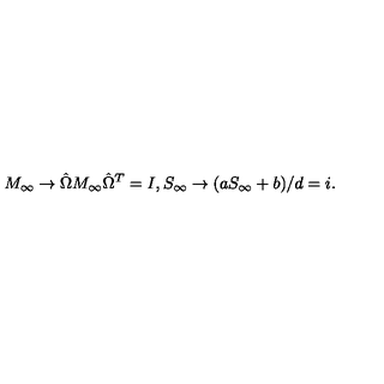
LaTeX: M _ { \infty } \to \hat { \Omega } M _ { \infty } \hat { \Omega } ^ { T } = I , S _ { \infty } \to ( a S _ { \infty } + b ) / d = i .